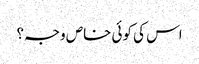
اس کی کوئی خاص وجہ؟